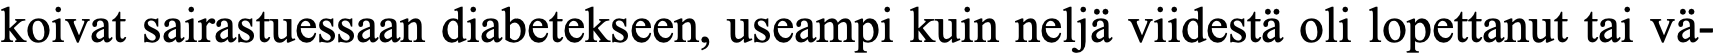
koivat sairastuessaan diabetekseen, useampi kuin neljä viidestä oli lopettanut tai vä-